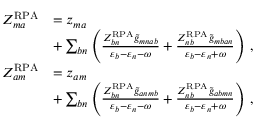
\begin{array} { r l } { Z _ { m a } ^ { \mathrm { R P A } } } & { = z _ { m a } } \\ & { + \sum _ { b n } \left( \frac { Z _ { b n } ^ { \mathrm { R P A } } \tilde { g } _ { m n a b } } { \varepsilon _ { b } - \varepsilon _ { n } - \omega } + \frac { Z _ { n b } ^ { \mathrm { R P A } } \tilde { g } _ { m b a n } } { \varepsilon _ { b } - \varepsilon _ { n } + \omega } \right) \, , } \\ { Z _ { a m } ^ { \mathrm { R P A } } } & { = z _ { a m } } \\ & { + \sum _ { b n } \left( \frac { Z _ { b n } ^ { \mathrm { R P A } } \tilde { g } _ { a n m b } } { \varepsilon _ { b } - \varepsilon _ { n } - \omega } + \frac { Z _ { n b } ^ { \mathrm { R P A } } \tilde { g } _ { a b m n } } { \varepsilon _ { b } - \varepsilon _ { n } + \omega } \right) \, , } \end{array}